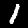
Digit: 1